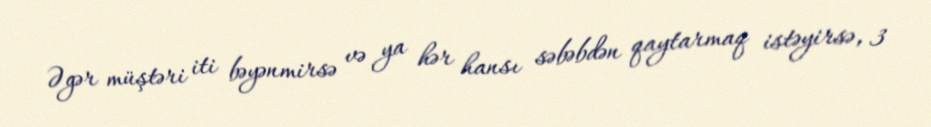
Əgər müştəri iti bəyənmirsə və ya hər hansı səbəbdən qaytarmaq istəyirsə, 3